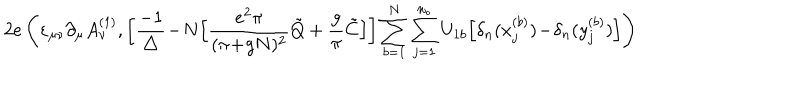
LaTeX: 2 e \left( \varepsilon _ { \mu \nu } \partial _ { \mu } A _ { \nu } ^ { ( 1 ) } , \bigg [ \frac { - 1 } { \triangle } \! - \! N \Big [ \frac { e ^ { 2 } \pi } { ( \pi \! + \! g N ) ^ { 2 } } \tilde { Q } + \frac { g } { \pi } \tilde { C } \Big ] \bigg ] \sum _ { b = 1 } ^ { N } \sum _ { j = 1 } ^ { n _ { b } } U _ { 1 b } \Big [ \delta _ { n } ( x _ { j } ^ { ( b ) } ) \! - \! \delta _ { n } ( y _ { j } ^ { ( b ) } ) \Big ] \right)